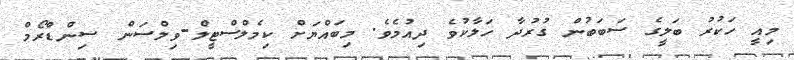
މިއީ ހަކުރު ބަލީގެ ސަބަބުން ގުރުދާ ހަލާކުވެ ދިއުމެވެ. މިބައްޔަށް ކިމެލްސްޓީލް-ވިލްސަން ސިންޑްރޯމް